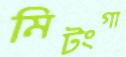
মিটংগা